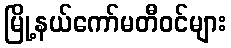
မြို့နယ်ကော်မတီဝင်များ